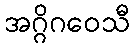
အဂ္ဂိဂဝေသီ